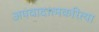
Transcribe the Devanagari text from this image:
अपवादात्मकरित्या